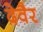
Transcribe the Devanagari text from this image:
देवैर